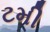
ટમી